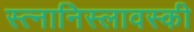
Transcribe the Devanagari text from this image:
स्त्नानिस्लावस्की